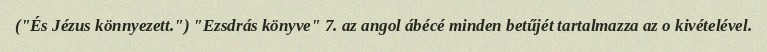
("És Jézus könnyezett.") "Ezsdrás könyve" 7. az angol ábécé minden betűjét tartalmazza az o kivételével.